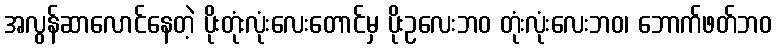
အလွန်ဆာလောင်နေတဲ့ ပိုးတုံးလုံးလေးတောင်မှ ပိုးဥလေးဘဝ တုံးလုံးလေးဘဝ၊ ဘောက်ဖတ်ဘဝ